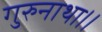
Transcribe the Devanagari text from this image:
गुरुनाथा।।